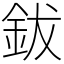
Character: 鈸